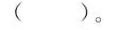
()。